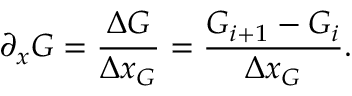
\partial _ { x } G = \frac { \Delta G } { \Delta x _ { G } } = \frac { G _ { i + 1 } - G _ { i } } { \Delta x _ { G } } .